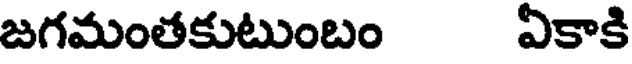
జగమంతకుటుంబం ఏకాకి